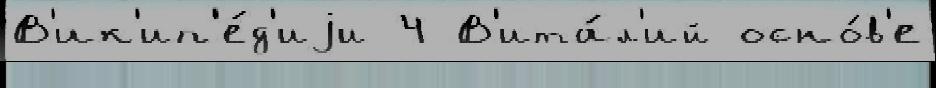
В'ик'ип'е́д'иjи 4 В'ита́л'ий осно́в'е